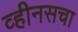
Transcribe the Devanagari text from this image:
व्हीनसचा